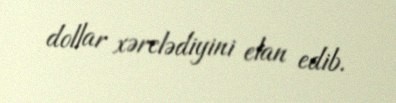
dollar xərclədiyini elan edib.